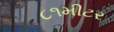
૮૧મીટર